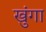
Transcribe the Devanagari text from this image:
खुंगा